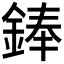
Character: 𫒩